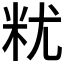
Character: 𮇆